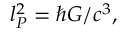
l _ { P } ^ { 2 } = \hbar G / c ^ { 3 } ,